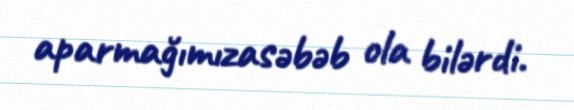
aparmağımızasəbəb ola bilərdi.